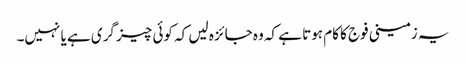
یہ زمینی فوج کا کام ہوتا ہے کہ وہ جائزہ لیں کہ کوئی چیز گری ہے یا نہیں۔